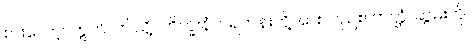
စားလော့။ ဣတိ၊ ဤသို့။ ဘိက္ခူနံပိ၊ ရဟန်းတို့အားလည်း။ ဘတ္တံ၊ ဆွမ်းကို။